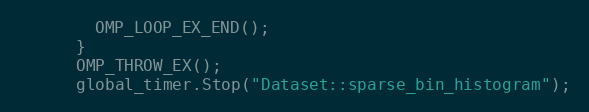
Language: C
        OMP_LOOP_EX_END();
      }
      OMP_THROW_EX();
      global_timer.Stop("Dataset::sparse_bin_histogram");